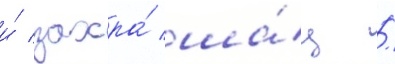
и́ захра́ ша́ц /